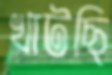
খাটছি